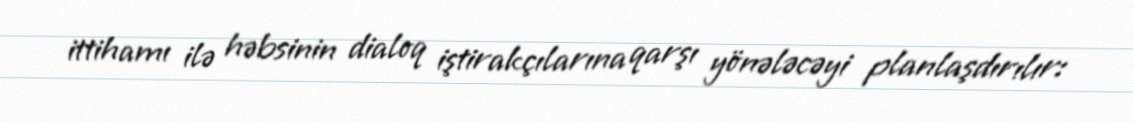
ittihamı ilə həbsinin dialoq iştirakçılarına qarşı yönələcəyi planlaşdırılır: